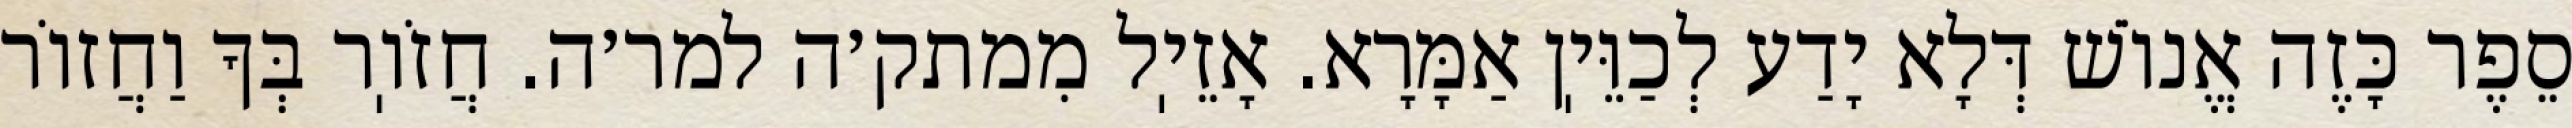
סֵפֶר כָּזֶה אֱנוֹשׁ דְּלָא יָדַע לְכַוֵּיֽן אַמָּרָא. אָזֵיֽל מִמתק׳ה למר׳ה. חֲזֹוֽר בְּךָ וַחֲזוֹר